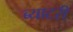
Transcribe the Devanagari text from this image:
ब्याटरी